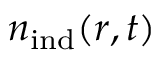
{ n } _ { \mathrm { i n d } } ( \boldsymbol { r } , t )